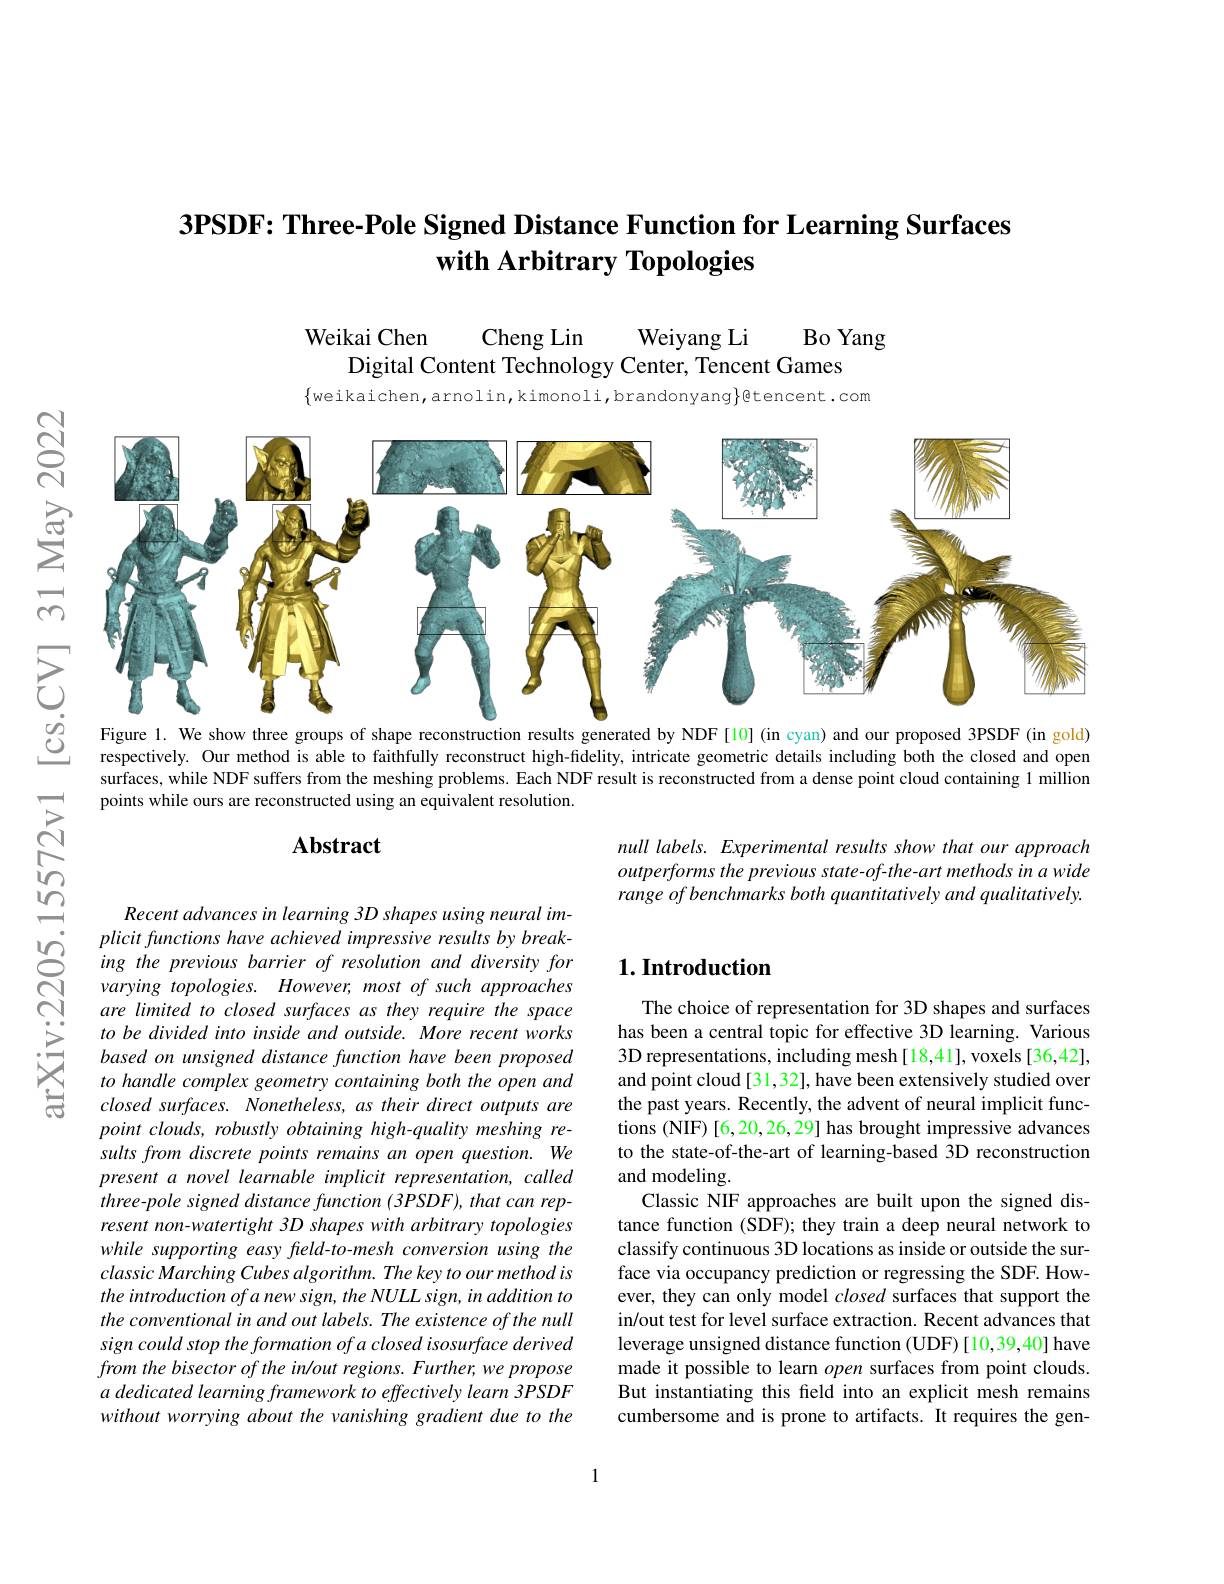
# $3\textbf{PSDF: Three- Pole Signed Distance Function for Learning Surfaces}$ with Arbitrary Topologies

Weikai Chen
Cheng Lin
Weiyang Li
Bo Yang
Digital Content Technology Center, Tencent Games
$\{$weikaichen,arnolin,kimonoli,brandonyang$\}$@tencent.com

N
<FigureHere>
$UD$
Figure 1. We show three groups of shape reconstruction results generated by NDF [10] (in cyan) and our proposed 3PSDF (in gold)

0
respectively. Our method is able to faithfully reconstruct high-fidelity, intricate geometric details including both the closed and open surfaces, while NDF suffers from the meshing problems. Each NDF result is reconstructed from a dense point cloud containing 1 million points while ours are reconstructed using an equivalent resolution.

## $\mathbf{Abstract}$

null labels. Experimental results show that our approach outperforms the previous state-of-the-art methods in a wide range of benchmarks both quantitatively and qualitatively.

## $1. \textbf{Introduction}$

arXiv:2205

Recent advances in learning 3D shapes using neural implicitfunctions have achieved impressive results by breaking the previous barrier of resolution and diversity for varying topologies. However, most of such approaches are limited to closed surfaces as they require the space to be divided into inside and outside. More recent works based on unsigned distance function have been proposed to handle complex geometry containing both the open and closed surfaces. Nonetheless, as their direct outputs are point clouds, robustly obtaining high-quality meshing results from discrete points remains an open question. We present a novel learnable implicit representation, called three-pole signed distance function (3PSDF), that can represent non-watertight 3D shapes with arbitrary topologies while supporting easy feld-to-mesh conversion using the classicMarching Cubes algorithm. The key to our method is the introduction of a new sign, the NULL sign, in addition to the conventional in and out labels. The existence of the null sign could stop the formation of a closed isosurface derived from the bisector of the inlout regions. Further, we propose a dedicated learning framework to effectively learn 3PSDF without worrying about the vanishing gradient due to the

The choice of representation for 3D shapes and surfaces has been a central topic for effective 3D learning. Various 3D representations, including mesh[18,41], voxels[36,42], and point cloud[31,32], have been extensively studied over the past years. Recently, the advent of neural implicit functions (NIF) [6,20,26,29] has brought impressive advances to the state-of-the-art of learning-based 3D reconstruction and modeling.
Classic NIF approaches are built upon the signed distance function (SDF); they train a deep neural network to classify continuous 3D locations as inside or outside the surface via occupancy prediction or regressing the SDF. However, they can only model closed surfaces that support the in/out test for level surface extraction. Recent advances that leverage unsigned distance function (UDF) [10,39,40] have made it possible to learn open surfaces from point clouds. But instantiating this feld into an explicit mesh remains cumbersome and is prone to artifacts. It requires the gen-

1